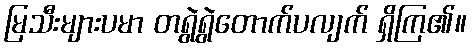
မြသီးများပမာ တရွဲရွဲတောက်ပလျက် ရှိကြ၏။